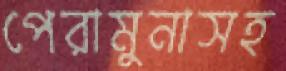
পেরামুনাসহ